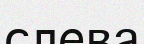
слева